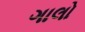
ગાલો